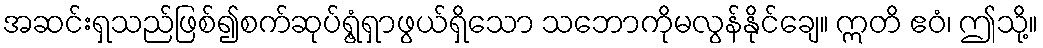
အဆင်းရှသည်ဖြစ်၍စက်ဆုပ်ရွံ့ရှာဖွယ်ရှိသော သဘောကိုမလွန်နိုင်ချေ။ ဣတိ ဧဝံ၊ ဤသို့။